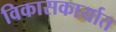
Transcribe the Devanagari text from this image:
विकासकार्यात